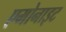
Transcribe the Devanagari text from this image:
एमोनाइट